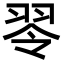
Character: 䎆